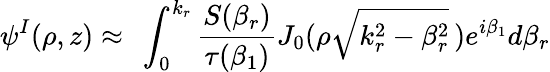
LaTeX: \psi^{I}(\rho,z)\approx\ \int_{0}^{k_{r}}\frac{S(\beta_{r})}{\tau(\beta_{1})}J_{0}(\rho\sqrt{k_{r}^{2}-\beta_{r}^{2}}\, )e^{i\beta_{1}}d\beta_{r}